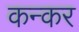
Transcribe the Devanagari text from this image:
कन्कर